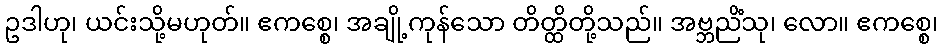
ဥဒါဟု၊ ယင်းသို့မဟုတ်။ ဧကစ္စေ၊ အချို့ကုန်သော တိတ္ထိတို့သည်။ အဗ္ဘညိံသု၊ လော။ ဧကစ္စေ၊